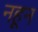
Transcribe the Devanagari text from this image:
नहून